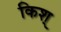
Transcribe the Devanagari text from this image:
किश्